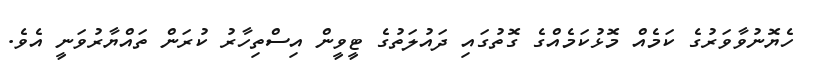
ހެޔޮނުވާވަރުގެ ކަމެއް މޮޅުކަމެއްގެ ގޮތުގައި ދައުލަތުގެ ޓީވީން އިސްތިހާރު ކުރަން ތައްޔާރުވަނީ އެވެ.